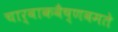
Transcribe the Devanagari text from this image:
चार्वाकवैष्णवमते